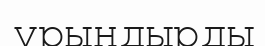
ұрындырды